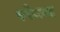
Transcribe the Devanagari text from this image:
स्पेज़न्द